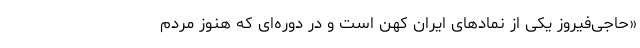
«حاجی‌فیروز یکی از نمادهای ایران کهن است و در دوره‌ای که هنوز مردم